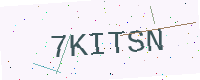
Text: 7KITSN